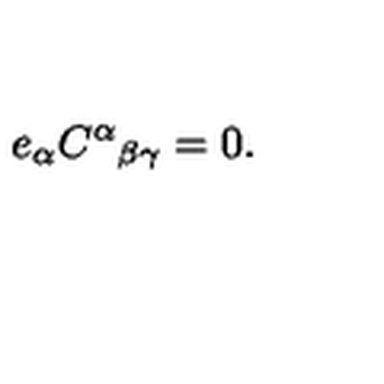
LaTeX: e _ { \alpha } C ^ { \alpha } { } _ { \beta \gamma } = 0 .